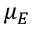
\mu _ { E }